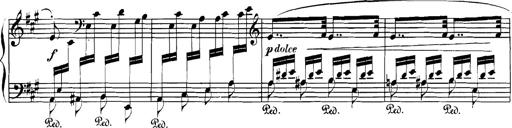
Title: Spinnerlied aus dem Fliegenden HollÃ¤nder
Composer: Franz Liszt